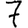
Digit: 7